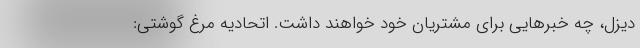
دیزل، چه خبرهایی برای مشتریان خود خواهند داشت. اتحادیه مرغ گوشتی: